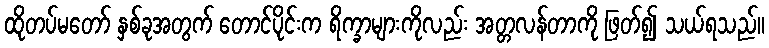
ထိုတပ်မတော် နှစ်ခုအတွက် တောင်ပိုင်းက ရိက္ခာများကိုလည်း အတ္တလန်တာကို ဖြတ်၍ သယ်ရသည်။